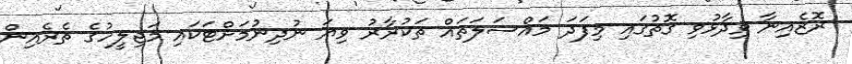
ރޮޒެއިނާ ވިދާޅުވި ގޮތުގައި މިފަދަ މައްސަލަތައް ތަކުރާރު ވިޔަ ނުދިނުމަށްޓަކައި މަޖިލީހުގެ ތެރެއިން